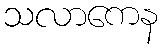
သလာကေန